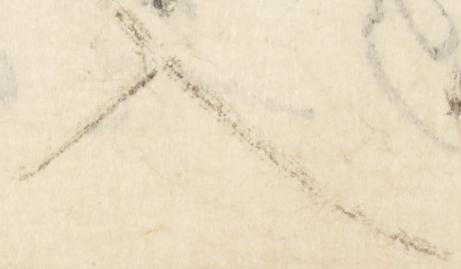
入